Source: Handwritten
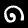
Digit: ၈ (8)